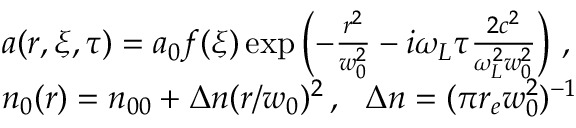
\begin{array} { r l } & { a ( r , \xi , \tau ) = a _ { 0 } f ( \xi ) \exp \left( - \frac { r ^ { 2 } } { w _ { 0 } ^ { 2 } } - i \omega _ { L } \tau \frac { 2 c ^ { 2 } } { \omega _ { L } ^ { 2 } w _ { 0 } ^ { 2 } } \right) \, , } \\ & { n _ { 0 } ( r ) = n _ { 0 0 } + \Delta n ( r / w _ { 0 } ) ^ { 2 } \, , \, \, \, \, \Delta n = ( \pi r _ { e } w _ { 0 } ^ { 2 } ) ^ { - 1 } } \end{array}